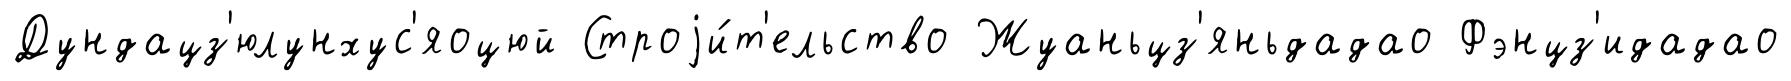
Дундацз'юлунхус'яоцюй Строjи́т'ельство Жуаньцз'яньдадао Фэнцз'идадао